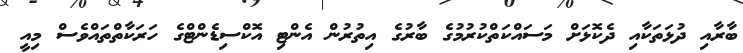
ބާރާއި ދުޅަތަކާއި ދެކޮޅަށް މަސައްކަތްކުރުމުގެ ބާރުގެ އިތުރުން އެންޓި އޮކްސިޑެންޓްގެ ހަރަކާތްތައްވެސް މިއީ